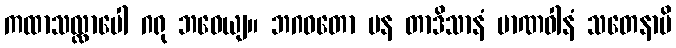
ကထာသလ္လာပေါ ဂရု ဘဝေယျ။ ဘဂဝတော ပန တာဒိသာနံ မာဏဝါနံ သတေနာပိ